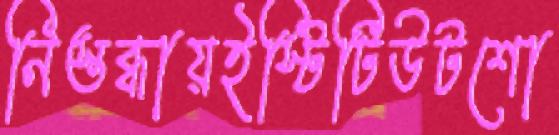
নিস্তব্ধায়ইস্টিটিউটশো